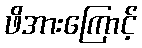
ဖိအားကြောင့်